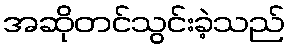
အဆိုတင်သွင်းခဲ့သည်